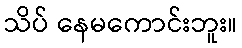
သိပ် နေမကောင်းဘူး။